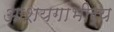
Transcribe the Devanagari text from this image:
आशयगांभीर्य